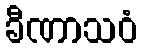
ခီဏာသဝံ